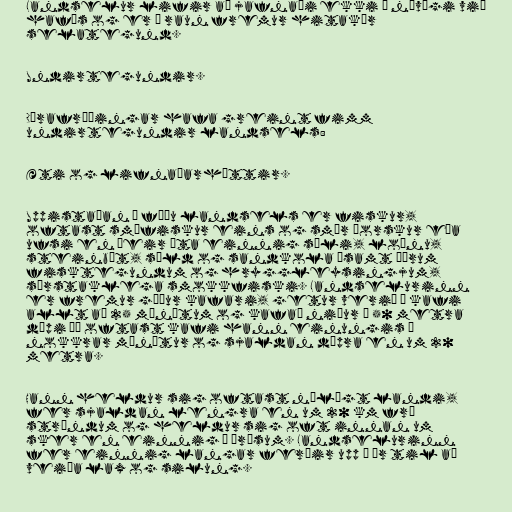
Landselur lifir að jafnaði ekki í návígi við
hafís og er í raun fremur hitakær
selategund.

Undirtegundir.

Dýrafræðingar hafa greint fimm
undirtegundir landsels:

Æti og lifnaðarhættir.

Uppistaðan í fæðu landsels er fiskur,
oftast smáfiskur eins og smár þorskur eða
ufsi en þeir éta einnig síli, loðnu,
steinbít, síld og sandkola ásamt öðrum
fisktegundum og hryggleysingjum,
sérstaklega smokkfiski. Landselurinn
er fremur góður kafari, getur verið í kafi
allt að 25 mínútum og kafað niður á 50 metra
dýpi þó oftast kafi hann einungis í
nokkrar mínútur og sjaldan dýpra en um 20
metra.

Hann heldur sig oftast nálægt landi,
fer sjaldan lengra en um 20 km frá
ströndum og heldur sig oft innan um
sker en einnig í árósum. Landselurinn
fer einnig langar ferðir upp í ár til að
veiða lax og silung.